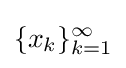
\{x_{k}\}_{k=1}^{\infty }